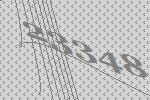
23348